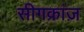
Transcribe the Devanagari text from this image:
सीगक्रांज़